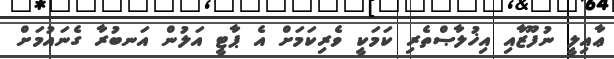
ޢާއިލީ ނުފޫޒާއި އިޚުލާޞްތެރި ކަމަކީ ވެރިކަމަށް އެ ޕާޓީ އަލުން އަނބުރާ ގެނައުމަށް